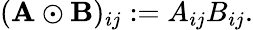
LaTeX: (\mathbf{A}\odot\mathbf{B})_{ij}:=A_{ij}B_{ij}.